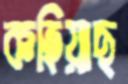
কহিয়াছ